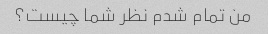
من تمام شدم نظر شما چیست؟